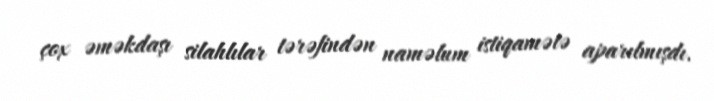
çox əməkdaşı silahlılar tərəfindən naməlum istiqamətə aparılmışdı.